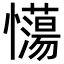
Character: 𢥉